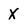
Character: X